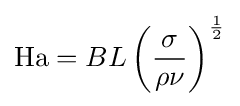
\mathrm {Ha} =BL\left({\frac {\sigma }{\rho \nu }}\right)^{\frac {1}{2}}